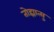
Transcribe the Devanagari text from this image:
तोह्मात्सु